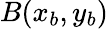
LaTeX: B(x_{b},y_{b})